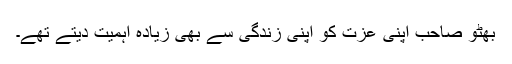
بھٹو صاحب اپنی عزت کو اپنی زندگی سے بھی زیادہ اہمیت دیتے تھے۔